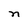
Character: n